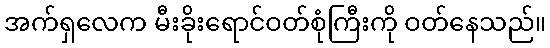
အက်ရှလေက မီးခိုးရောင်ဝတ်စုံကြီးကို ဝတ်နေသည်။